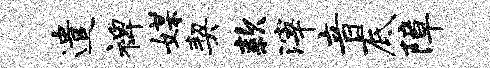
遣裨媒契款滓音底障